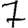
Digit: 7